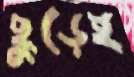
ছুড়েই